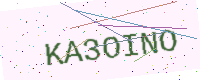
Text: KA3OINO